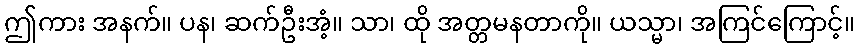
ဤကား အနက်။ ပန၊ ဆက်ဦးအံ့။ သာ၊ ထို အတ္တမနတာကို။ ယသ္မာ၊ အကြင်ကြောင့်။